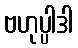
ဗဟုပ္ပါဒါ